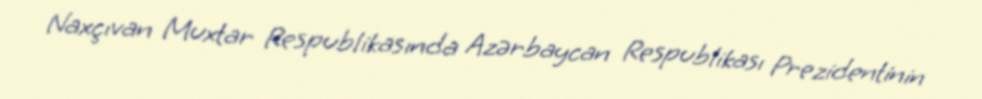
Naxçıvan Muxtar Respublikasında Azərbaycan Respublikası Prezidentinin